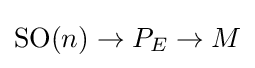
\operatorname {SO} (n)\to P_{E}\to M